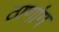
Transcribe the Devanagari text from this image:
ठाणांग